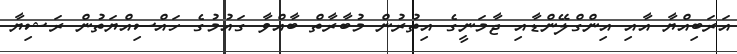
އަރަބިއްޔާ އާއި އިންގްލޭންޑާއި ޖާމަނީގެ އިތުރުން މުބާރާތް ބާއްވާ ގައުމުގެ ހައްސިއްޔަތުން ރަޝިޔާ